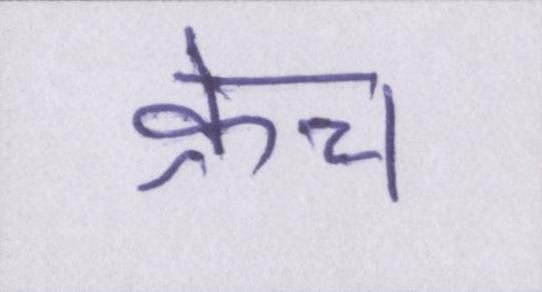
क्रेच